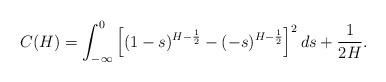
LaTeX: \begin{align*}C(H)=\int_{-\infty}^{0}\left[(1-s)^{H-\frac{1}{2}}-(-s)^{H-\frac{1}{2}}\right]^{2}ds+\frac{1}{2H}.\end{align*}